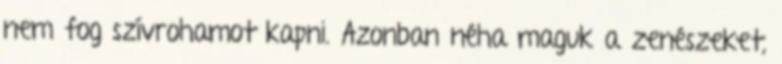
nem fog szívrohamot kapni. Azonban néha maguk a zenészeket,